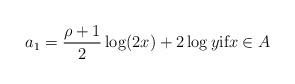
LaTeX: \begin{align*} a_1=\frac{\rho+1}{2}\log(2x)+2\log{y} \textrm{if} x \in A\end{align*}